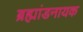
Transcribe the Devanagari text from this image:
ब्रह्मांडनायक